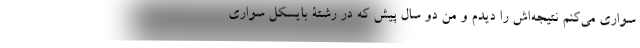
سواری می‌کنم نتیجه‌اش را دیدم و من دو سال پیش که در رشتۀ بایسکل سواری